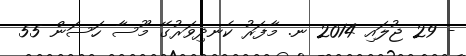
- 29 ޖުލައި 2014 ނ. މާފަރު ކެނދިވަރުގޭ މޫސާ ހަސަން 55